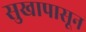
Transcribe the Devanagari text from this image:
सुखापासून